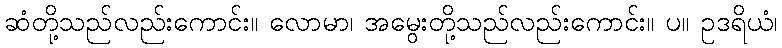
ဆံတို့သည်လည်းကောင်း။ လောမာ၊ အမွေးတို့သည်လည်းကောင်း။ ပ။ ဥဒရိယံ၊